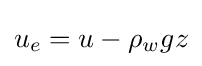
u_{e}=u-\rho _{w}gz